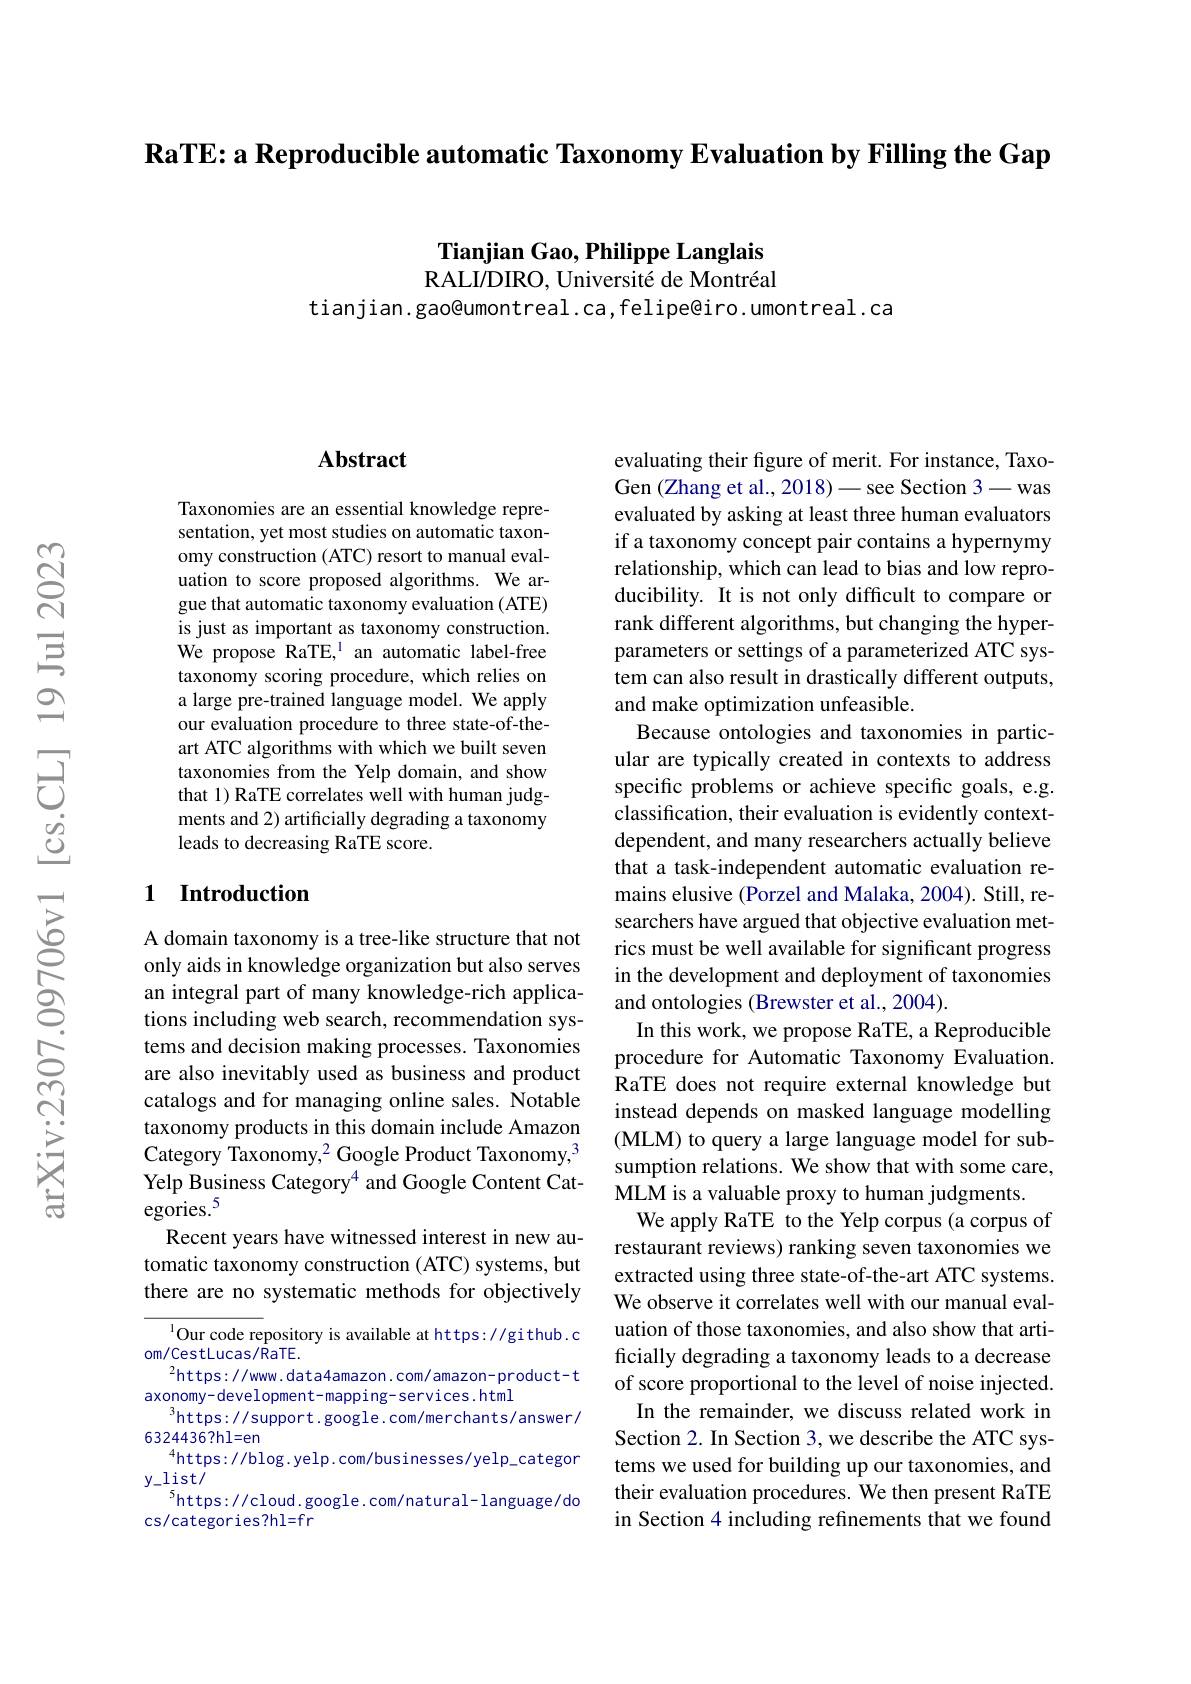
$\textbf{RaTE: a Reproducible automatic Taxonomy Evaluation by Filling the Gap}$

Tianjian Gao, Philippe Langlais RALI/DIRO, Université de Montréal

tianjian.gao@umontreal.ca,felipe@iro.umontreal.ca

### $\mathbf{Abstract}$

Taxonomies are an essential knowledge representation, yet most studies on automatic taxonomy construction (ATC) resort to manual evaluation to score proposed algorithms. We argue that automatic taxonomy evaluation (ATE) is just as important as taxonomy construction. We propose RaTE,$^{\mathrm{l}}$ an automatic label-free taxonomy scoring procedure, which relies on a large pre-trained language model. We apply our evaluation procedure to three state-of-theart ATC algorithms with which we built seven taxonomies from the Yelp domain, and show that 1) RaTE correlates well with human judgments and 2) artificially degrading a taxonomy leads to decreasing RaTE score.

## 1 Introduction

A domain taxonomy is a tree-like structure that not only aids in knowledge organization but also serves an integral part of many knowledge-rich applications including web search, recommendation systems and decision making processes. Taxonomies are also inevitably used as business and product catalogs and for managing online sales. Notable taxonomy products in this domain include Amazon Category Taxonomy,$^2$ Google Product Taxonomy,$^3$ Yelp Business Category$^{4}$ and Google Content Categories.$^{5}$
Recent years have witnessed interest in new automatic taxonomy construction (ATC) systems, but there are no systematic methods for objectively

$^{1}$Our code repository is available at https://github.c
om/CestLucas/RaTE.
$^{2}$https://www.data4amazon.com/amazon-product-t
axonomy-development-mapping-services.html
https://support.google.com/merchants/answer/
6324436?hl=en
$^{4}$https://blog.yelp.com/businesses/yelp\_categor
$y_{-}$list/
$^{5}$https://cloud.google.com/natural-language/do
cs/categories?hl=fr

evaluating their figure of merit. For instance, TaxoGen (Zhang et al., 2018) - see Section 3 - was evaluated by asking at least three human evaluators if a taxonomy concept pair contains a hypernymy relationship, which can lead to bias and low reproducibility. It is not only difficult to compare or rank different algorithms, but changing the hyperparameters or settings of a parameterized ATC system can also result in drastically different outputs, and make optimization unfeasible.
Because ontologies and taxonomies in particular are typically created in contexts to address specific problems or achieve specific goals, e.g. classification, their evaluation is evidently contextdependent, and many researchers actually believe that a task-independent automatic evaluation remains elusive (Porzel and Malaka, 2004). Still, researchers have argued that objective evaluation metrics must be well available for significant progress in the development and deployment of taxonomies and ontologies (Brewster et al., 2004).
In this work, we propose RaTE, a Reproducible procedure for Automatic Taxonomy Evaluation. RaTE does not require external knowledge but instead depends on masked language modelling (MLM) to query a large language model for subsumption relations. We show that with some care, MLM is a valuable proxy to human judgments.
We apply RaTE to the Yelp corpus (a corpus of restaurant reviews) ranking seven taxonomies we extracted using three state-of-the-art ATC systems. We observe it correlates well with our manual evaluation of those taxonomies, and also show that artificially degrading a taxonomy leads to a decrease of score proportional to the level of noise injected.
In the remainder, we discuss related work in Section 2. In Section 3, we describe the ATC systems we used for building up our taxonomies, and their evaluation procedures. We then present RaTE in Section 4 including refinements that we found